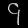
Digit: ၄